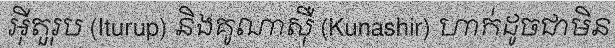
អ៊ីតួរុប (Iturup) និងគូណាស៊ឺ (Kunashir) ហាក់ដូចជាមិន